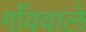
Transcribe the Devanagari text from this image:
गाँववाले